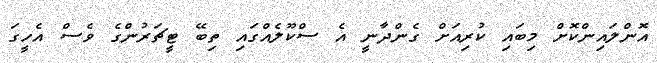
އޮންލައިންކޮށް މިބައި ކުރިއަށް ގެންދާނީ އެ ސްކޫލެއްގައި ތިބޭ ޓީޗަރުންގެ ވެސް އެހީގަ